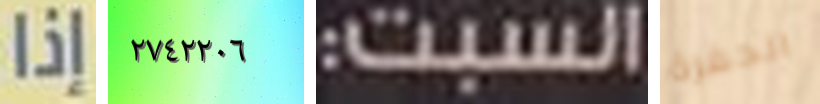
إذا ٢٧٤٢٢٠٦ السبت: الحفرة